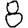
Digit: 8